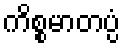
ကိစ္စမာတပ္ပံ